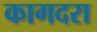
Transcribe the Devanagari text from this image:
कागदरा